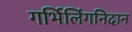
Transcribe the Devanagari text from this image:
गर्भिलिंगनिदान